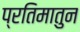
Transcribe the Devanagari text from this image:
प्रतिमातुन